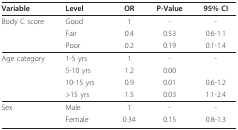
| Variable | Level | OR | P-Value | 95% CI |
 | --- | --- | --- | --- | --- |
 | Body C score | Good | 1 | - | - |
 |  | Fair | 0.4 | 0.53 | 0.6-1.1 |
 |  | Poor | 0.2 | 0.19 | 0.1-1.4 |
 | Age category | 1-5 yrs | 1 | - | - |
 |  | 5-10 yrs | 1.2 | 0.00 |  |
 |  | 10-15 yrs | 0.9 | 0.01 | 0.6-1.2 |
 |  | >15 yrs | 1.5 | 0.03 | 1.1-2.4 |
 | Sex | Male | 1 | - | - |
 |  | Female | 0.34 | 0.15 | 0.8-1.3 |